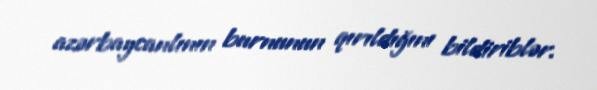
azərbaycanlının burnunun qırıldığını bildiriblər.